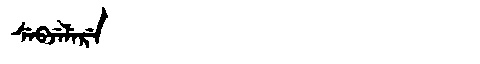
Manchu: ᠰᡝᠪᠵᡝᠯᡝᡵᡝ
Romanization: SEBJELERE